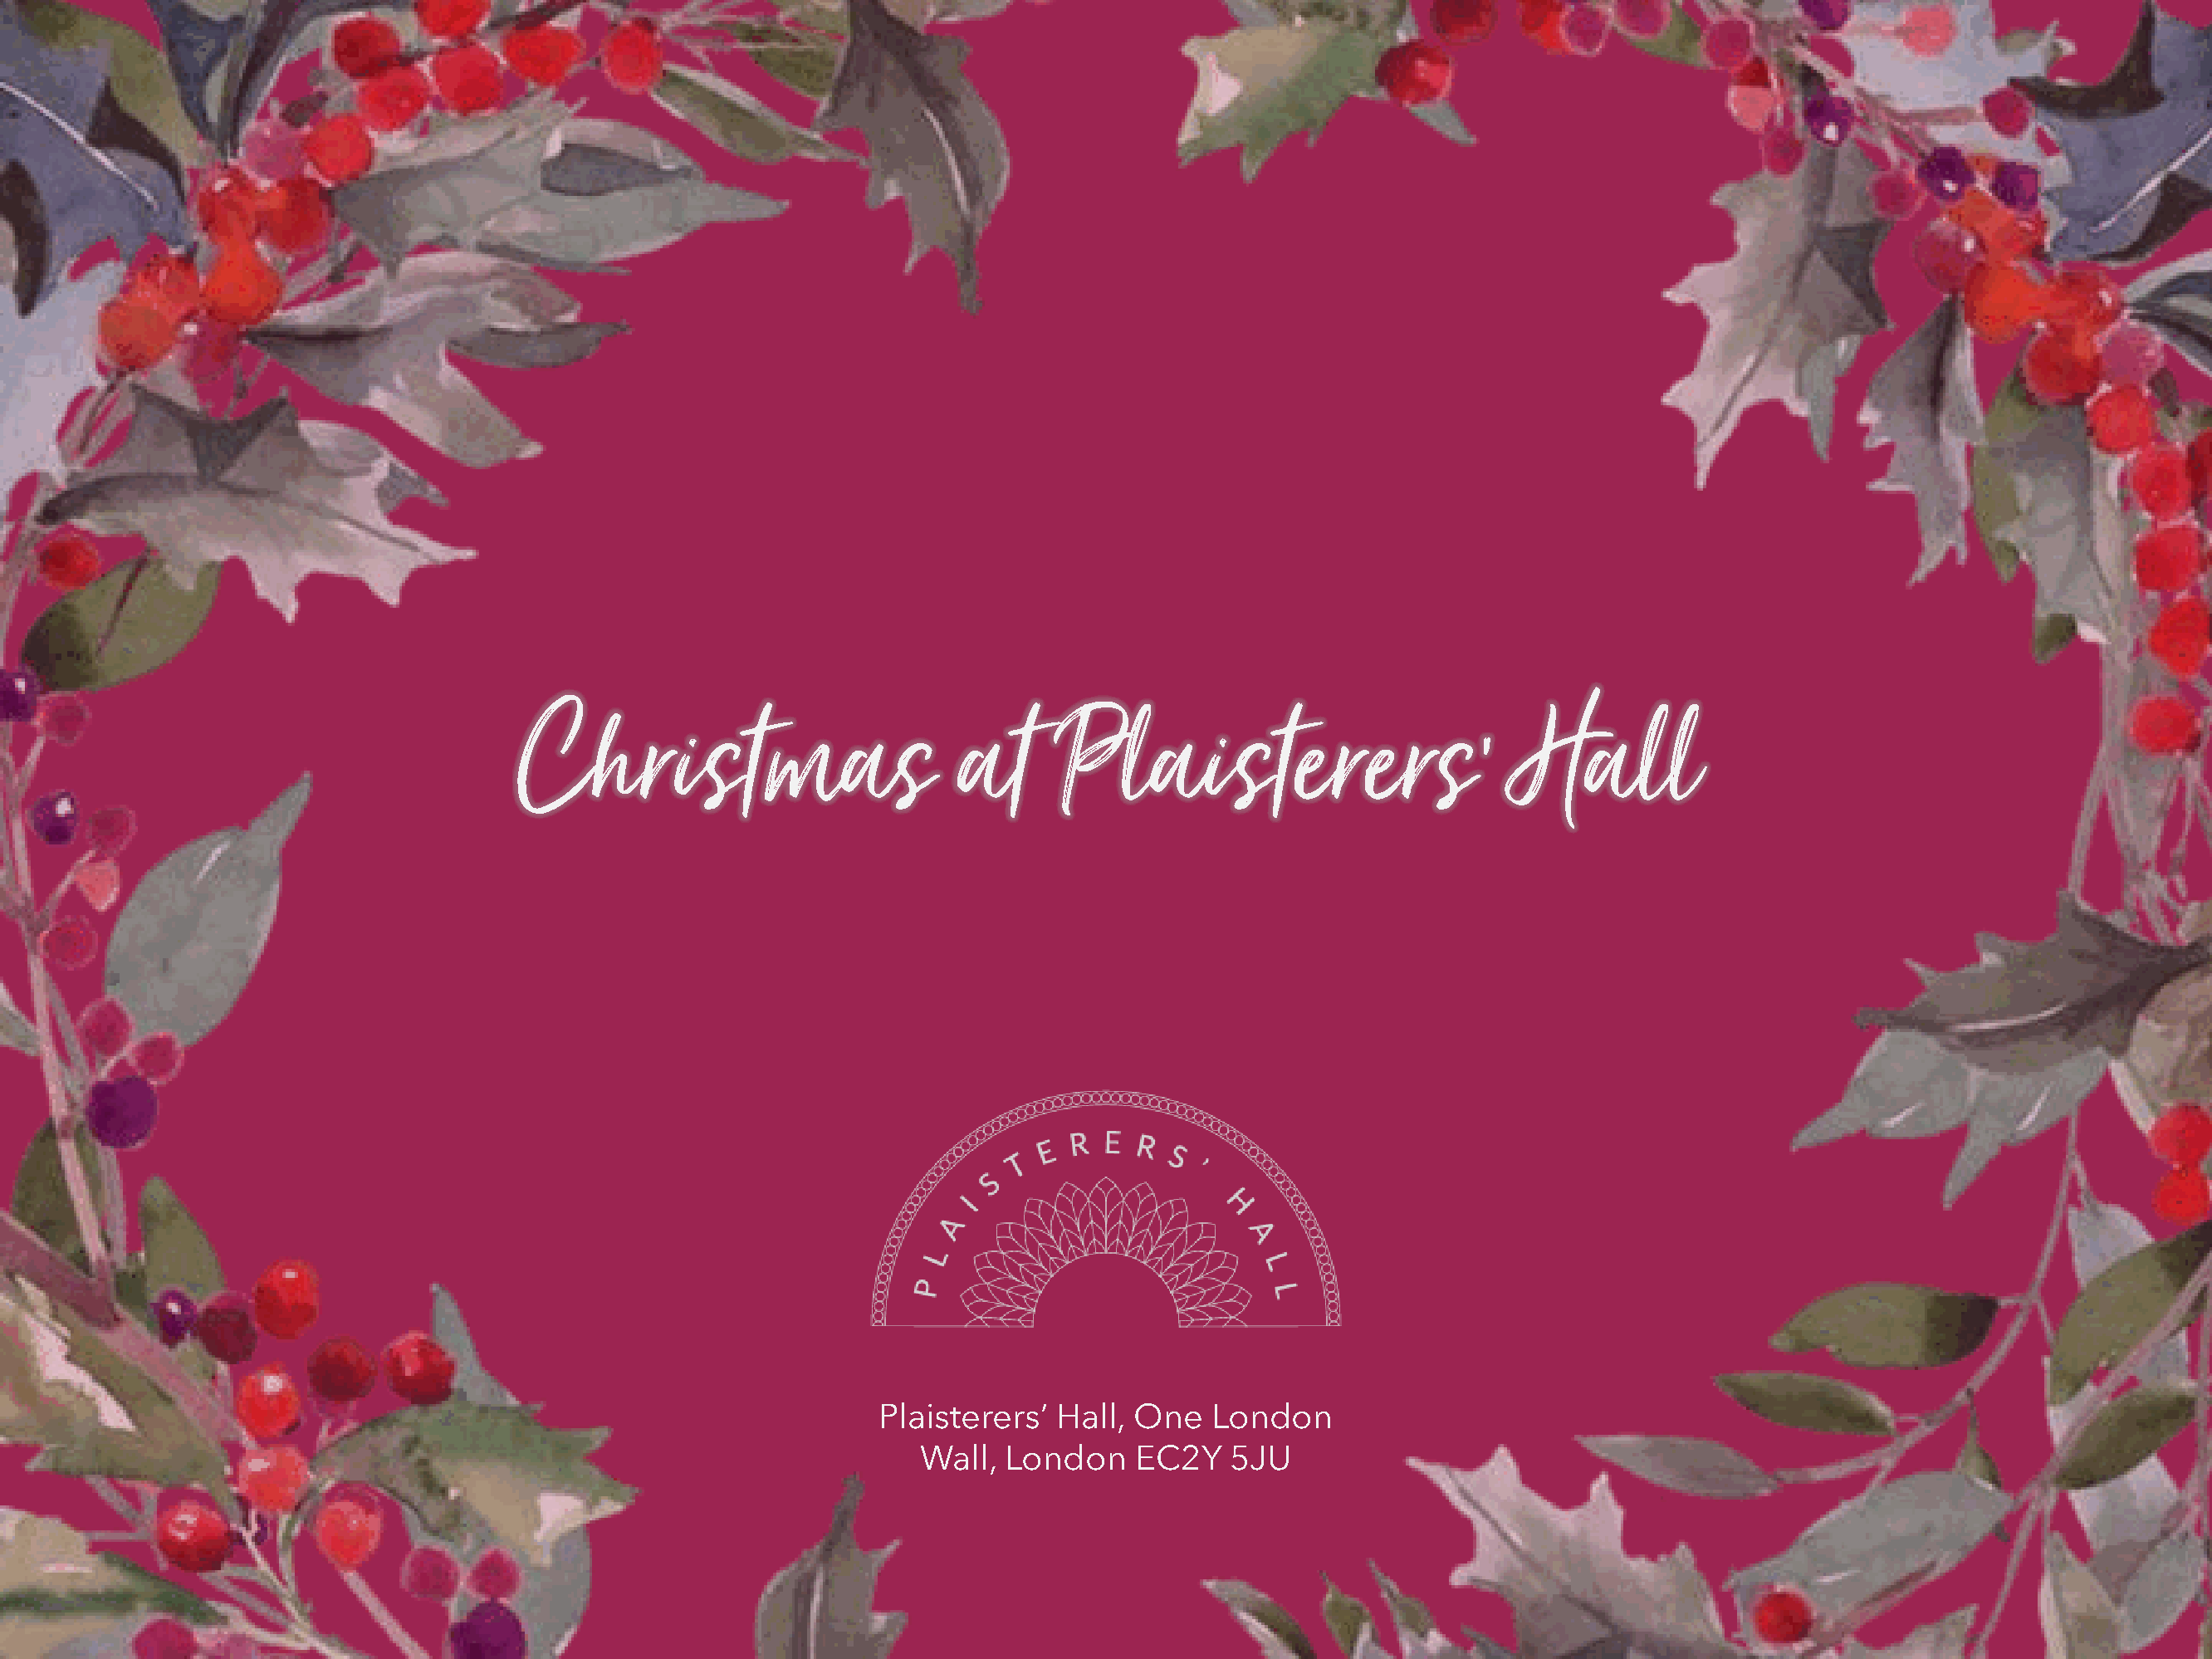
Christmas                          at      Plaisterers’                         Hall
 Plaisterers’  Hall, One    London
 Wall,  London     EC2Y   5JU